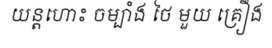
យន្តហោះ ចម្បាំង ថៃ មួយ គ្រឿង